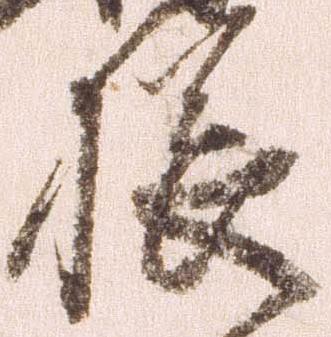
櫛